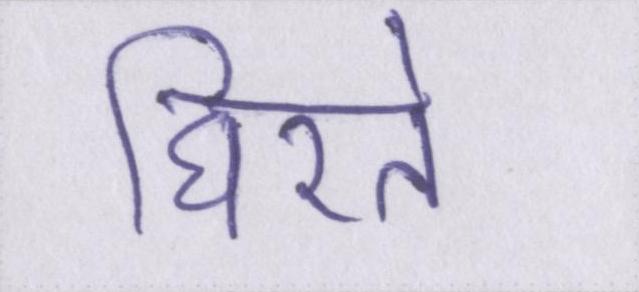
घिरते